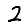
Digit: 2